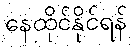
နေထိုင်နိုင်ရန်